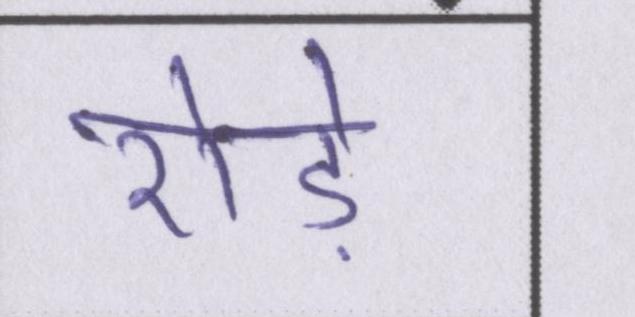
रोड़े